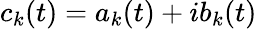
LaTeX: c_{k}(t)=a_{k}(t)+ib_{k}(t)